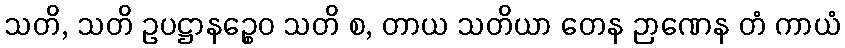
သတိ, သတိ ဥပဋ္ဌာနဉ္စေဝ သတိ စ, တာယ သတိယာ တေန ဉာဏေန တံ ကာယံ